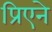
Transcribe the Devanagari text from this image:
प्रिएने